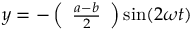
y = - \left( { \begin{array} { l } { { \frac { a - b } { 2 } } } \end{array} } \right) \sin ( 2 \omega t )